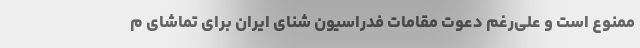
ممنوع است و علی‌رغم دعوت مقامات فدراسیون شنای ایران برای تماشای م